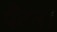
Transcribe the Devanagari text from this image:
पैटन।